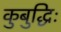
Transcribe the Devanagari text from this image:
कुबुद्धिः